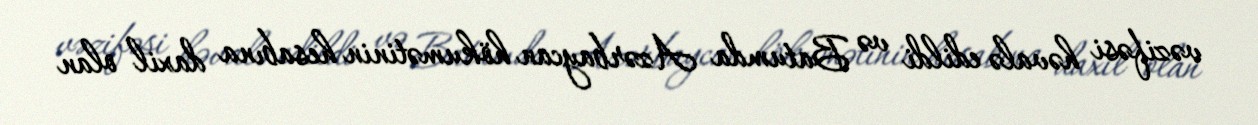
vəzifəsi həvalə edildi və Batumda Azərbaycan hökumətinin hesabına daxil olan